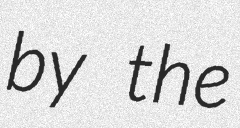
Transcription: by the